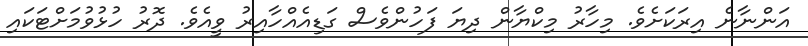
އަންނާނެ އިރަކަށެވެ. މިހާރު މިކްޔާން ދިޔަ ފަހުންވެސް ގަޑިއެއްހާއިރު ވީއެވެ. ދޮރު ހުޅުވުމަށްޓަކައި